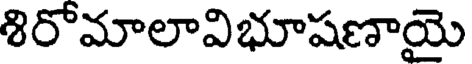
శిరోమాలావిభూషణాయై